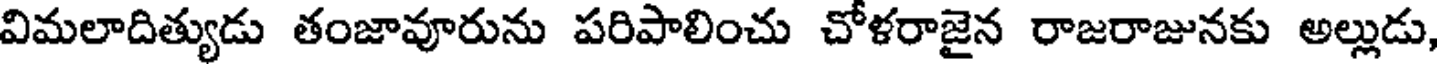
విమలాదిత్యుడు తంజావూరును పరిపాలించు చోళరాజైన రాజరాజునకు అల్లుడు,